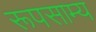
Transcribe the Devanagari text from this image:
रूपसाम्य